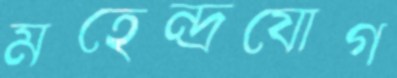
মহেন্দ্রযোগ